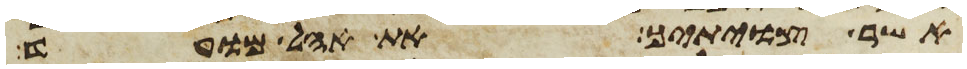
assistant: אשר צויתיך את אהל מועד